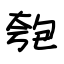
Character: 匏